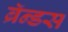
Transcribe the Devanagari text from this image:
ब्रॅन्डस